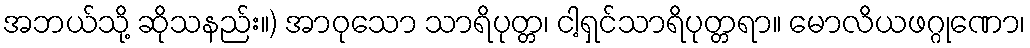
အဘယ်သို့ ဆိုသနည်း။) အာဝုသော သာရိပုတ္တ၊ ငါ့ရှင်သာရိပုတ္တရာ။ မောလိယဖဂ္ဂုဏော၊